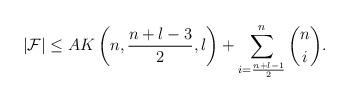
LaTeX: \begin{align*}|\mathcal{F}|\leq AK\left(n, \frac{n+l-3}{2}, l\right)+\sum_{i=\frac{n+l-1}{2}}^{n} {n \choose i}.\end{align*}